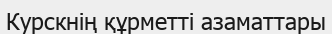
Курскнің құрметті азаматтары